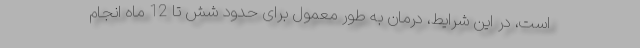
است، در این شرایط، درمان به طور معمول برای حدود شش تا 12 ماه انجام